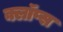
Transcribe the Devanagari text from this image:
क्लॉप्स